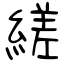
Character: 縒